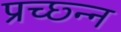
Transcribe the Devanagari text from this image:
प्रच्छ्न्न